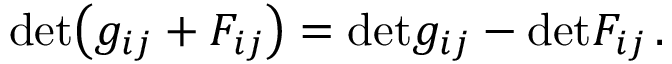
\mathrm { d e t } \bigl ( g _ { i j } + { \cal F } _ { i j } \bigr ) = \mathrm { d e t } g _ { i j } - \mathrm { d e t } { \cal F } _ { i j } \, .